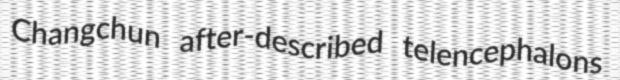
Changchun after-described telencephalons